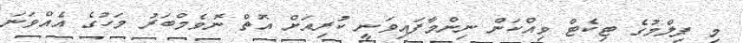
މި ފިލްމުގެ ޓިކެޓް ވިއްކަން ނިންމާފައިވަނީ ކުރިއަށް އޮތް ނޮވެމްބަރު މަހުގެ އެއްވަނަ